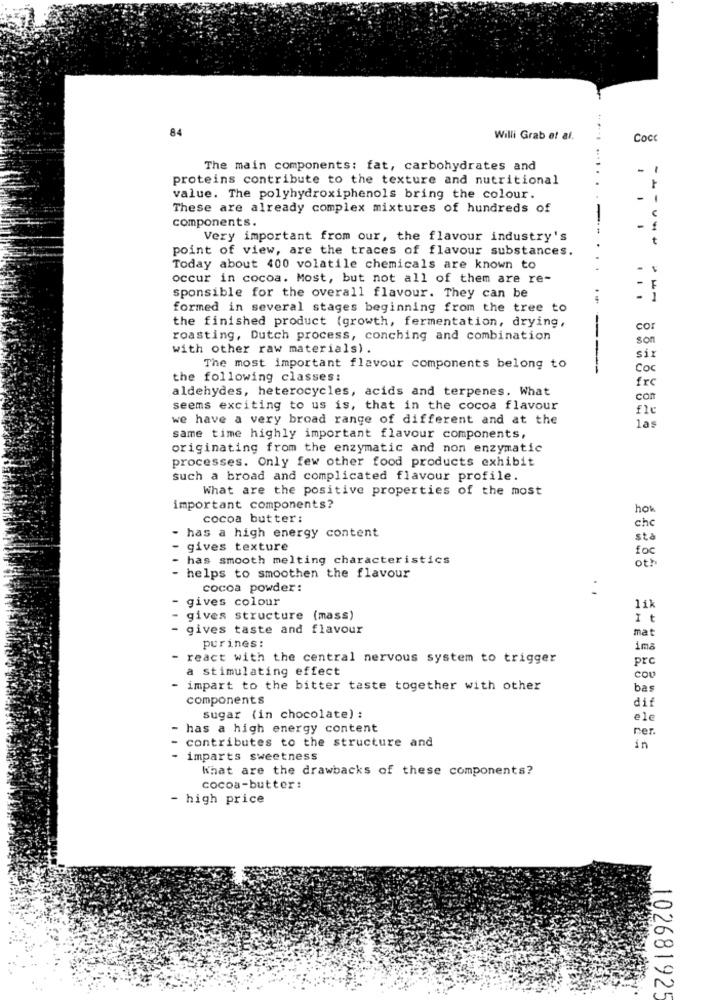
84
Willi Grab et al.
Cocc
The main components: fat, carbohydrates and
proteins contribute to the texture and nutritional
-
value. The polyhydroxiphenols bring the colour.
These are already complex mixtures of hundreds of
components.
4
Very important from our, the flavour industry's
point of view, are the traces of flavour substances.
Today about 400 volatile chemicals are known to
1
occur in cocoa. Most, but not all of them are re-
F
sponsible for the overall flavour. They can be
- 1
formed in several stages beginning from the tree to
the finished product (growth, fermentation, drying,
cor
roasting, Dutch process, conching and combination
son
with other raw materials) .
six
The most important flavour components belong to
-----
Coc
the following classes:
frc
aldehydes, heterocycles, acids and terpenes. What
con
seems exciting to us is, that in the cocoa flavour
fle
we have a very broad range of different and at the
las
same time highly important flavour components,
originating from the enzymatic and non enzymatic
processes. Only few other food products exhibit
such a broad and complicated flavour profile.
What are the positive properties of the most
important components?
ho
cocoa butter:
che
has a high energy content
sta
- gives texture
fo
has smooth melting characteristics
oth
- helps to smoothen the flavour
cocoa powder:
gives colour
lik
gives structure (mass)
It
gives taste and flavour
mat
purines:
im
react with the central nervous system to trigger
prc
a stimulating effect
COU
impart to the bitter taste together with other
bas
components
dif
sugar (in chocolate) :
ele
- has a high energy content
ner
contributes to the structure and
in
- imparts sweetness
What are the drawbacks of these components?
cocoa-butter:
high price
102681925